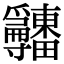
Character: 𤴎